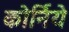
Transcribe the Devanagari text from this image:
कोर्निये